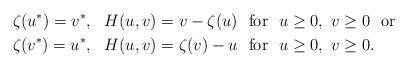
LaTeX: \begin{align*}&\zeta(u^*)=v^*,\ \ H(u,v)=v-\zeta(u)\ \ {\rm for}\ \ u\geq0,\ v\geq0\ \ {\rm or}\\ &\zeta(v^*)=u^*,\ \ H(u,v)=\zeta(v)-u\ \ {\rm for}\ \ u\geq0,\ v\geq0.\end{align*}